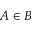
A \in B